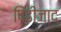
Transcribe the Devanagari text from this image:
पिढीजाद